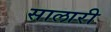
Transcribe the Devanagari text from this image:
सालारी